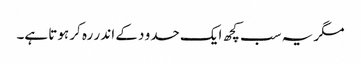
مگر یہ سب کچھ ایک حدو د کے اند ر رہ کر ہوتا ہے۔